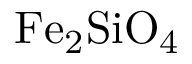
\mathrm { F e _ { 2 } S i O _ { 4 } }